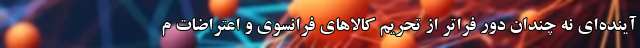
آینده‌ای نه چندان دور فراتر از تحریم کالاهای فرانسوی و اعتراضات م